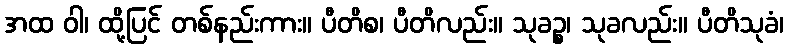
အထ ဝါ၊ ထို့ပြင် တစ်နည်းကား။ ပီတိစ၊ ပီတိလည်း။ သုခဉ္စ၊ သုခလည်း။ ပီတိသုခံ၊